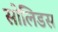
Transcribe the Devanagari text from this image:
सोलिडस